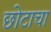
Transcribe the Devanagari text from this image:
छोटाचा